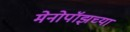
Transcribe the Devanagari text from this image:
मेनोपॉझच्या